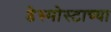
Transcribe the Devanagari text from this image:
डेस्मोस्टाच्या